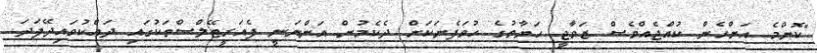
"ކޮންމެ އަންހެން ކުއްޖެއްވެސް ޒަވާޖީ ހަޔާތުގެ ހުވަފެނަކަށް ދެކެމުން އަންނަނީ ފެއަރީޓޭލްސްތަކުގައި ދައްކުވައިދޭފަދަ